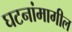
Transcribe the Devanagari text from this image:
घटनांमागील